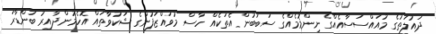
ދައުލަތުގެ މުއައްސަސާއެއްގެ ނިންމުމެއްގެ ސަބަބުން އެތަކެއް ހާސް މުވައްޒަފުންގެ ޝަކުވާތައް އޮހެމުންދާއިރު ބަންޑާރަ